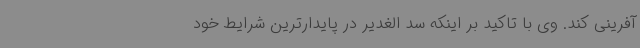
آفرینی کند. وی با تاکید بر اینکه سد الغدیر در پایدارترین شرایط خود